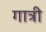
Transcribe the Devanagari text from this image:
गात्री